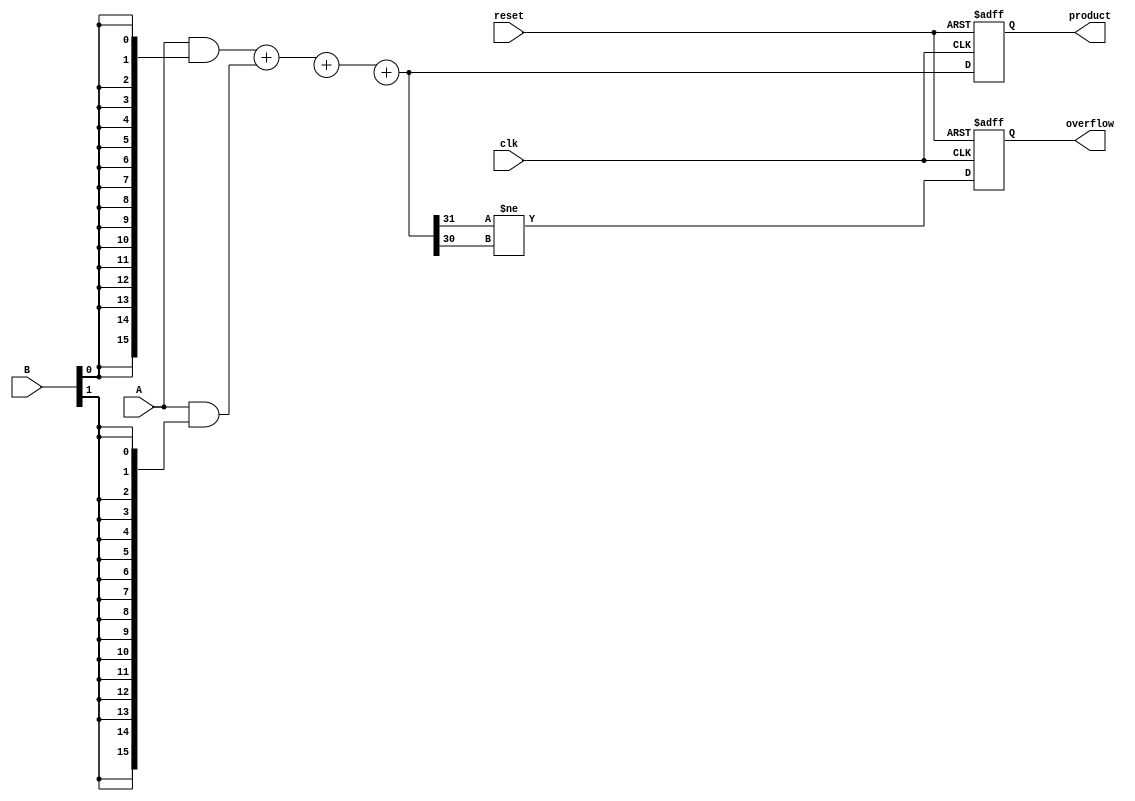
module FixedPointWallaceTreeMultiplier #(
    parameter A_WIDTH = 16, // Total width of input A (including integer and fractional parts)
    parameter B_WIDTH = 16, // Total width of input B (including integer and fractional parts)
    parameter P_WIDTH = A_WIDTH + B_WIDTH // Total width of the product
)(
    input wire clk,
    input wire reset,
    input wire [A_WIDTH-1:0] A, // Fixed-point input A
    input wire [B_WIDTH-1:0] B, // Fixed-point input B
    output reg [P_WIDTH-1:0] product, // Fixed-point product output
    output reg overflow // Overflow flag
);

    // Internal signals
    wire [A_WIDTH-1:0] partial_products[B_WIDTH-1:0];
    wire [P_WIDTH-1:0] sum_stage1[P_WIDTH-1:0];
    wire [P_WIDTH-1:0] sum_stage2[P_WIDTH-1:0];
    wire [P_WIDTH-1:0] final_sum;

    // Generate partial products
    genvar i;
    generate
        for (i = 0; i < B_WIDTH; i = i + 1) begin : gen_partial_products
            assign partial_products[i] = A & {A_WIDTH{B[i]}};
        end
    endgenerate

    // Wallace tree reduction stages
    // Stage 1: Pairwise addition using half adders and full adders
    // This is a simplified version; in practice, you would need to handle the carry bits properly.
    // For simplicity, we will assume a basic structure here.
    integer j;
    always @(*) begin
        for (j = 0; j < B_WIDTH; j = j + 1) begin
            if (j % 2 == 0) begin
                sum_stage1[j] = partial_products[j] + partial_products[j + 1];
            end
        end
    end

    // Stage 2: Further reduction
    always @(*) begin
        for (j = 0; j < (B_WIDTH / 2); j = j + 1) begin
            if (j % 2 == 0) begin
                sum_stage2[j] = sum_stage1[j] + sum_stage1[j + 1];
            end
        end
    end

    // Final addition
    assign final_sum = sum_stage2[0] + sum_stage2[1];

    // Output logic
    always @(posedge clk or posedge reset) begin
        if (reset) begin
            product <= 0;
            overflow <= 0;
        end else begin
            product <= final_sum;
            // Check for overflow (simple check, may need adjustment based on fixed-point representation)
            overflow <= (final_sum[P_WIDTH-1] != final_sum[P_WIDTH-2]);
        end
    end

endmodule